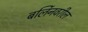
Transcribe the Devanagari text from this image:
बर्लिनवरील